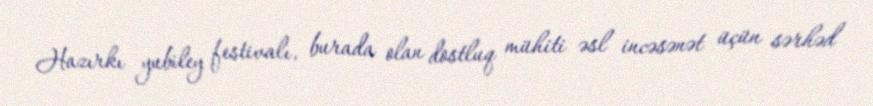
Hazırkı yubiley festivalı, burada olan dostluq mühiti əsl incəsənət üçün sərhəd